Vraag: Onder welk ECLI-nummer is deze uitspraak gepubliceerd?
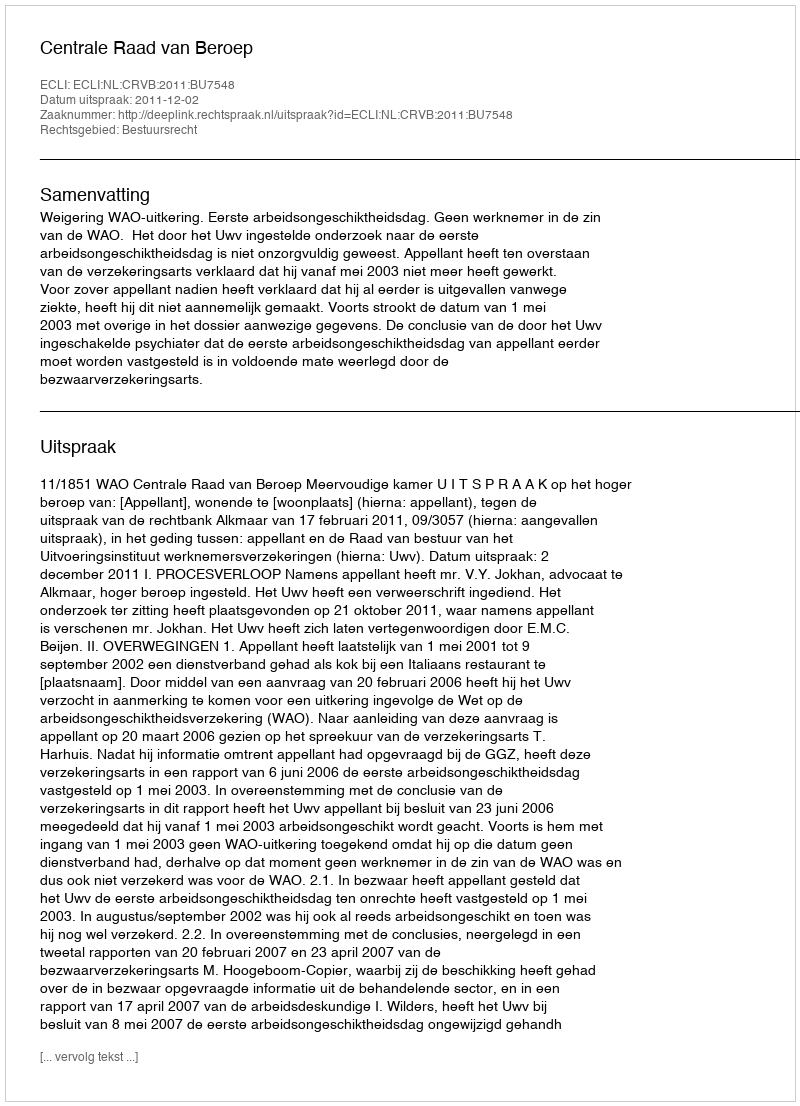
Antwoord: ECLI:NL:CRVB:2011:BU7548